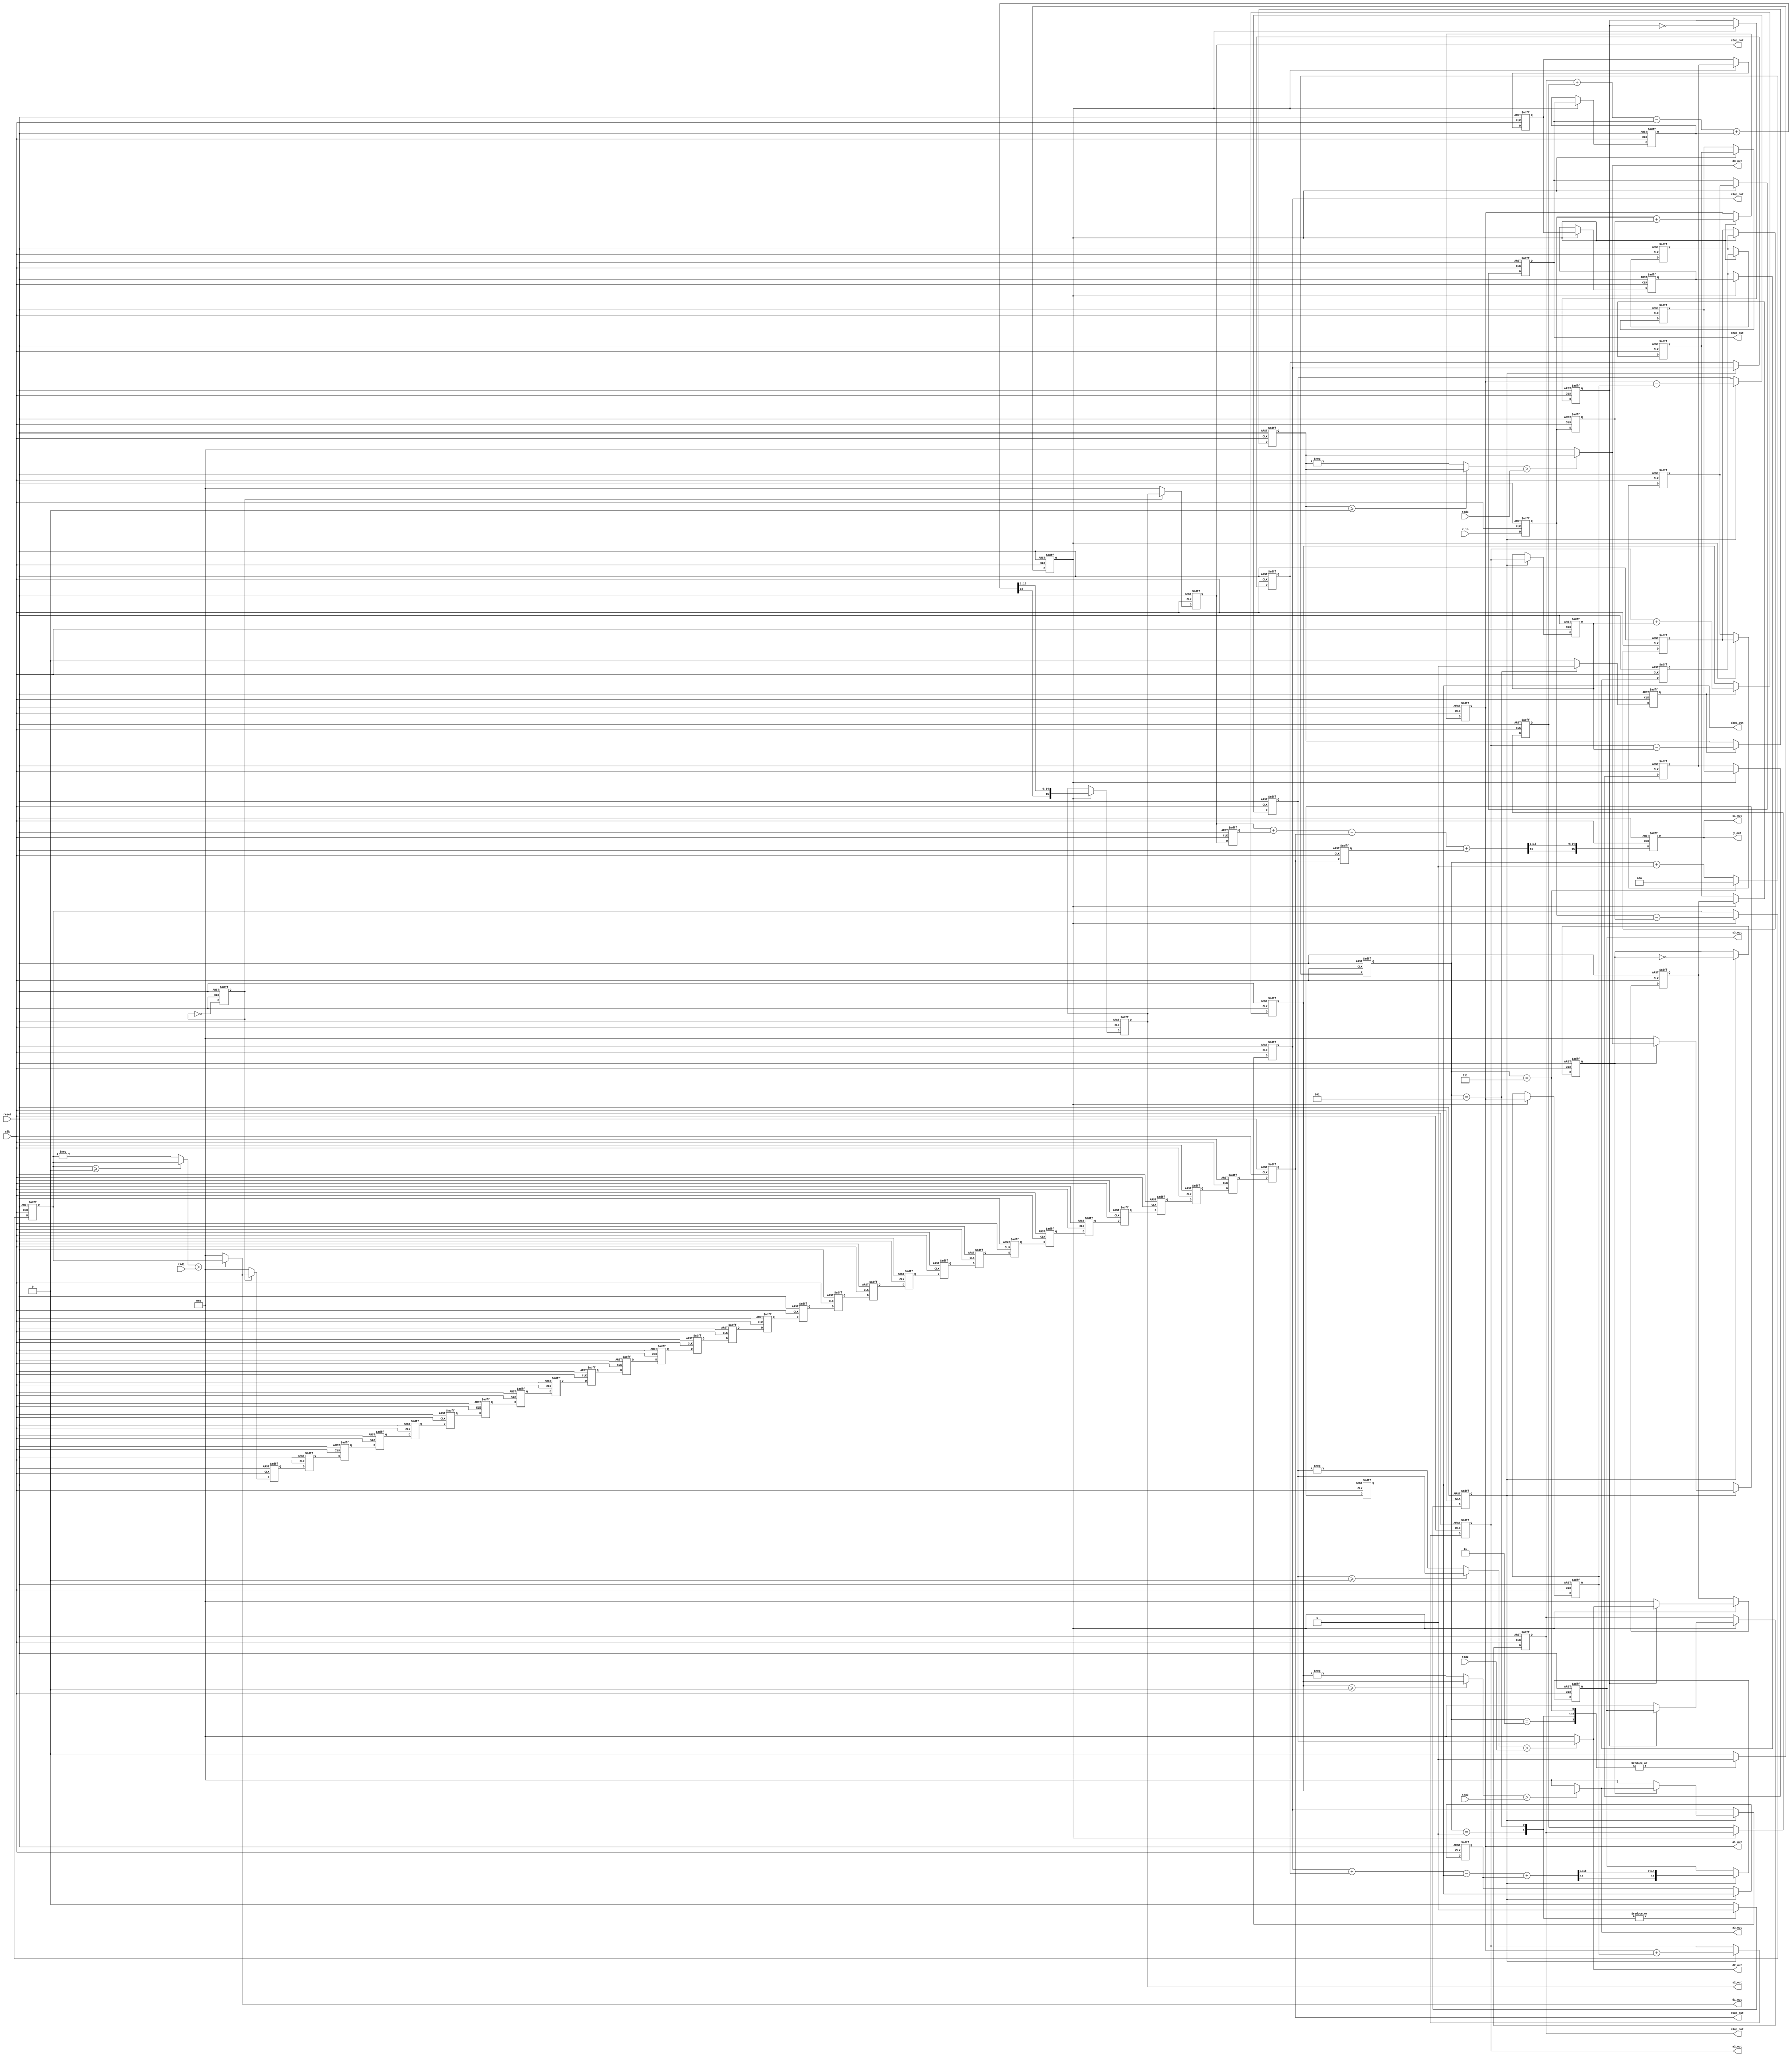
//*********************************************************
// IEEE STD 1364-2001 Verilog file: dwtden.v
// Author-EMAIL: Uwe.Meyer-Baese@ieee.org
//*********************************************************
module dwtden
#(parameter D1L = 28, //D1 buffer length
D2L = 10) // D2 buffer length
( input clk,  // System clock
  input reset,  // Asynchron reset
  input signed [15:0] x_in, // System input
  input signed [15:0] t4d1, t4d2, t4d3, t4a3,// Thresholds
  output signed [15:0] d1_out, // Level 1 detail
  output signed [15:0] a1_out, // Level 1 approximation
  output signed [15:0] d2_out, // Level 2 detail
  output signed [15:0] a2_out, // Level 2 approximation
  output signed [15:0] d3_out, // Level 3 detail
  output signed [15:0] a3_out, // Level 3 approximation
  // Debug signals:
  output signed [15:0] s3_out, a3up_out, d3up_out, // L3
  output signed [15:0] s2_out, s3up_out, d2up_out, // L2
  output signed [15:0] s1_out, s2up_out, d1up_out, // L1
  output signed [15:0] y_out); // System output

// --------------------------------------------------------
reg [2:0] count; // Cycle 2**max level
reg signed [15:0] x, xd; // Input delays
reg signed [15:0] a1, a2 ; // Analysis filter
wire signed [15:0] d1, d2, a3, d3 ; // Analysis filter
reg signed [15:0] d1t, d2t, d3t, a3t ;
// Before thresholding
wire signed [15:0] abs_d1t, abs_d2t, abs_d3t, abs_a3t ;
// Absolute values
reg signed [15:0] a1up, a3up, d3up ;
reg signed [15:0] a1upd, s3upd, a3upd, d3upd ;
reg signed [15:0] a1d, a2d; // Delay filter output
reg ena1, ena2, ena3; // Clock enables
reg t1, t2, t3; // Toggle flip-flops
reg signed [15:0] s2, s3up, s3, d2syn ;
reg signed [15:0] s1, s2up, s2upd ;
// Delay lines for d1 and d2
reg signed [15:0] d2upd [0:11];
reg signed [15:0] d1upd [0:29];

always @(posedge reset or posedge clk) // Control the
begin : FSM  // system sample at clk rate
    if (reset) begin  // Asynchronous reset
        count <= 0; 
        ena1 <= 0; 
        ena2 <= 0; 
        ena3 <= 0;
    end else begin
        if (count == 7) 
            count <= 0;
        else  
            count <= count + 1;
        case (count)  // Level 1 enable
            3'b001 : ena1 <= 1;
            3'b011 : ena1 <= 1;
            3'b101 : ena1 <= 1;
            3'b111 : ena1 <= 1;
            default : ena1 <= 0;
        endcase
        case (count) // Level 2 enable
            3'b001 : ena2 <= 1;
            3'b101 : ena2 <= 1;
            default : ena2 <= 0;
        endcase
        case (count)  // Level 3 enable
            3'b101 : ena3 <= 1;
            default : ena3 <= 0;
        endcase
    end
end

// Haar analysis filter bank
always @(posedge reset or posedge clk) begin : Analysis
    if (reset) begin  // Asynchronous clear
        x <= 0; xd <= 0; d1t <= 0; a1 <= 0; a1d <= 0;
        d2t <= 0; a2 <= 0; a2d <= 0; d3t <= 0; a3t <= 0;
    end else begin
        x <= x_in;
        xd <= x;
        if (ena1) begin // Level 1 analysis
            d1t <= x - xd;
            a1 <= x + xd;
            a1d <= a1;
        end
        if (ena2) begin // Level 2 analysis
            d2t <= a1 - a1d;
            a2 <= a1 + a1d;
            a2d <= a2;
        end
        if (ena3) begin // Level 3 analysis
            d3t <= a2 - a2d;
            a3t <= a2 + a2d;
        end
    end
end

// Take absolute values first
assign abs_d1t = (d1t>=0)? d1t : -d1t;
assign abs_d2t = (d2t>=0)? d2t : -d2t;
assign abs_d3t = (d3t>=0)? d3t : -d3t;
assign abs_a3t = (a3t>=0)? a3t : -a3t;

// Thresholding of d1, d2, d3 and a3
assign d1 = (abs_d1t > t4d1)? d1t : 0;
assign d2 = (abs_d2t > t4d2)? d2t : 0;
assign d3 = (abs_d3t > t4d3)? d3t : 0;
assign a3 = (abs_a3t > t4a3)? a3t : 0;

// Down followed by up sampling is implemented by setting
// every 2. value to zero
always @(posedge reset or posedge clk) begin : Synthesis
    integer k;  // Loop variable
    if (reset) begin  // Asynchronous clear
        t1 <= 0; 
        t2 <= 0; 
        t3 <= 0;
        s3up <= 0;
        s3upd <= 0;
        d3up <= 0; 
        a3up <= 0; 
        a3upd<=0; 
        d3upd <= 0;
        s3 <= 0; 
        s2 <= 0;
        s1 <= 0; 
        s2up <= 0; 
        s2upd <= 0;
        for (k=0; k<=D2L+1; k=k+1) // delay to match s3up
            d2upd[k] <= 0;
        for (k=0; k<=D1L+1; k=k+1) // delay to match s2up
            d1upd[k] <= 0;
    end else begin
        t1 <= ~t1; // toggle FF level 1
        if (t1) begin
            d1upd[0] <= d1;
            s2up <= s2;
        end else begin
            d1upd[0] <= 0;
            s2up <= 0;
        end
        s2upd <= s2up;
        for (k=1; k<=D1L+1; k=k+1) // Delay to match s2up
            d1upd[k] <= d1upd[k-1];
            s1 <= (s2up + s2upd -d1upd[D1L] +d1upd[D1L+1]) >>> 1;
        if (ena1) begin
            t2 <= ~t2; // toggle FF level 2
            if (t2) begin
                d2upd[0] <= d2;
                s3up <= s3;
            end else begin
                d2upd[0] <= 0;
                s3up <= 0;
            end
            s3upd <= s3up;
            for (k=1; k<=D2L+1; k=k+1) // Delay to match s3up
                d2upd[k] <= d2upd[k-1];
                s2 <= (s3up +s3upd -d2upd[D2L] +d2upd[D2L+1])>>> 1;
        end
        if (ena2) begin // Synthesis level 3
            t3 <= ~t3; // toggle FF
        if (t3) begin
            d3up <= d3;
            a3up <= a3;
        end else begin
            d3up <= 0;
            a3up <= 0;
        end
            a3upd <= a3up;
            d3upd <= d3up;
            s3 <= (a3up + a3upd - d3up + d3upd) >>> 1;
        end
    end
end

assign a1_out = a1;// Provide some test signal as outputs
assign d1_out = d1;
assign a2_out = a2;
assign d2_out = d2;
assign a3_out = a3;
assign d3_out = d3;
assign a3up_out = a3up;
assign d3up_out = d3up;
assign s3_out = s3;
assign s3up_out = s3up;
assign d2up_out = d2upd[D2L];
assign s2_out = s2;
assign s1_out = s1;
assign s2up_out = s2up;
assign d1up_out = d1upd[D1L];
assign y_out = s1;
assign ena1_out = ena1;
assign ena2_out = ena2;
assign ena3_out = ena3;

endmodule